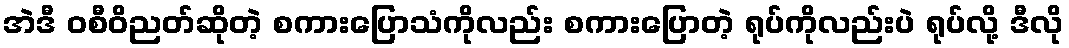
အဲဒီ ဝစီဝိညတ်ဆိုတဲ့ စကားပြောသံကိုလည်း စကားပြောတဲ့ ရုပ်ကိုလည်းပဲ ရုပ်လို့ ဒီလို